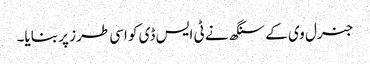
جنرل وی کے سنگھ نے ٹی ایس ڈی کو اسی طرز پر بنایا۔